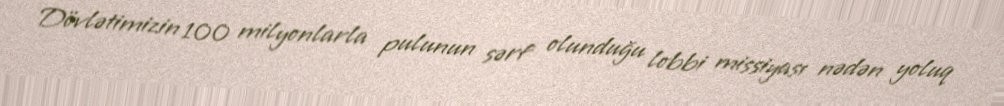
Dövlətimizin 100 milyonlarla pulunun sərf olunduğu lobbi missiyası nədən yoluq